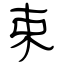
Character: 束